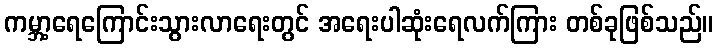
ကမ္ဘာ့ရေကြောင်းသွားလာရေးတွင် အရေးပါဆုံးရေလက်ကြား တစ်ခုဖြစ်သည်။